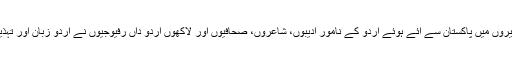
مایوسی اور شکستگی کے اندھیروں میں پاکستان سے آئے ہوئے اردو کے نامور ادیبوں، شاعروں، صحافیوں اور لاکھوں اردو داں رفیوجیوں نے اردو زبان اور تہذیب کے چراغ روشن کر دیئے۔